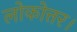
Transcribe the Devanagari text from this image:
लोकोत्तर।